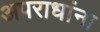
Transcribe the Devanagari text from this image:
अपराधांना